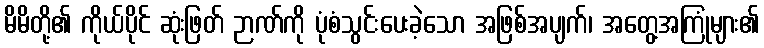
မိမိတို့၏ ကိုယ်ပိုင် ဆုံးဖြတ် ဉာဏ်ကို ပုံစံသွင်းပေးခဲ့သော အဖြစ်အပျက်၊ အတွေ့အကြုံများ၏